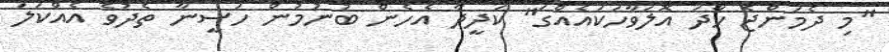
"މި ދެމަންޖެ ހާދަ އޮލަވާހަކައެއްގަ" ކަދީދާ އެހެން ބުނުމުން ހަސީނާ ތެދުވެ އެއްކަލަ